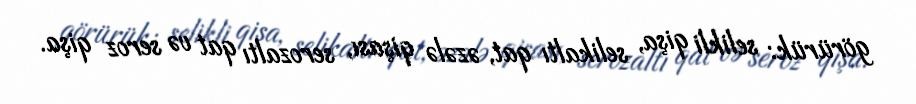
görürük: selikli qişa, selikaltı qat, əzələ qişası, serozaltı qat və seroz qişa.